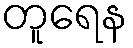
တူရေန